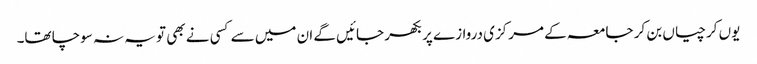
یوں کرچیاں بن کر جامعہ کے مرکزی دروازے پر بکھر جائیں گے ان میں سے کسی نے بھی تو یہ نہ سوچا تھا۔